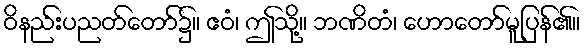
ဝိနည်းပညတ်တော်၌။ ဧဝံ၊ ဤသို့။ ဘဏိတံ၊ ဟောတော်မူပြန်၏။